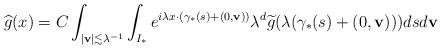
LaTeX: \begin{align*}\widehat{g} (x)= C \int_{|\mathbf v|\lesssim \lambda^{-1}} \int_{ I_*}e^{i \lambda x \cdot (\gamma_{\ast}(s) + (0,\mathbf{v}))} \lambda^{d} \widetilde g(\lambda(\gamma_{\ast}(s) + (0,\mathbf{v}))) ds d\mathbf{v}\end{align*}